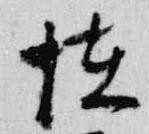
恠